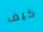
كيف